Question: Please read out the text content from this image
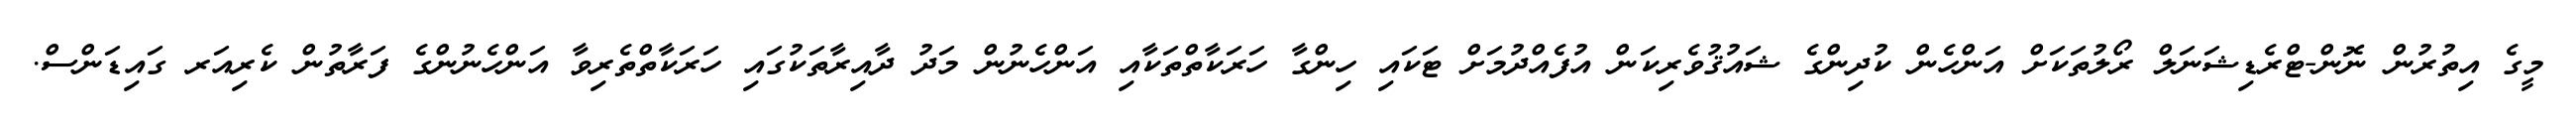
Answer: މީގެ އިތުރުން ނޮން-ޓްރެޑިޝަނަލް ރޯލުތަކަށް އަންހެން ކުދިންގެ ޝައުޤުވެރިކަން އުފެއްދުމަށް ޓަކައި ހިންގާ ހަރަކާތްތަކާއި އަންހެނުން މަދު ދާއިރާތަކުގައި ހަރަކާތްތެރިވާ އަންހެނުންގެ ފަރާތުން ކެރިއަރ ގައިޑަންސް.